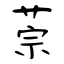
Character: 萗